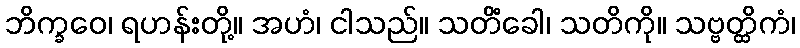
ဘိက္ခဝေ၊ ရဟန်းတို့။ အဟံ၊ ငါသည်။ သတိံခေါ၊ သတိကို။ သဗ္ဗတ္ထိကံ၊